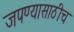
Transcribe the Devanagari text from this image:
जपण्यासाठीच